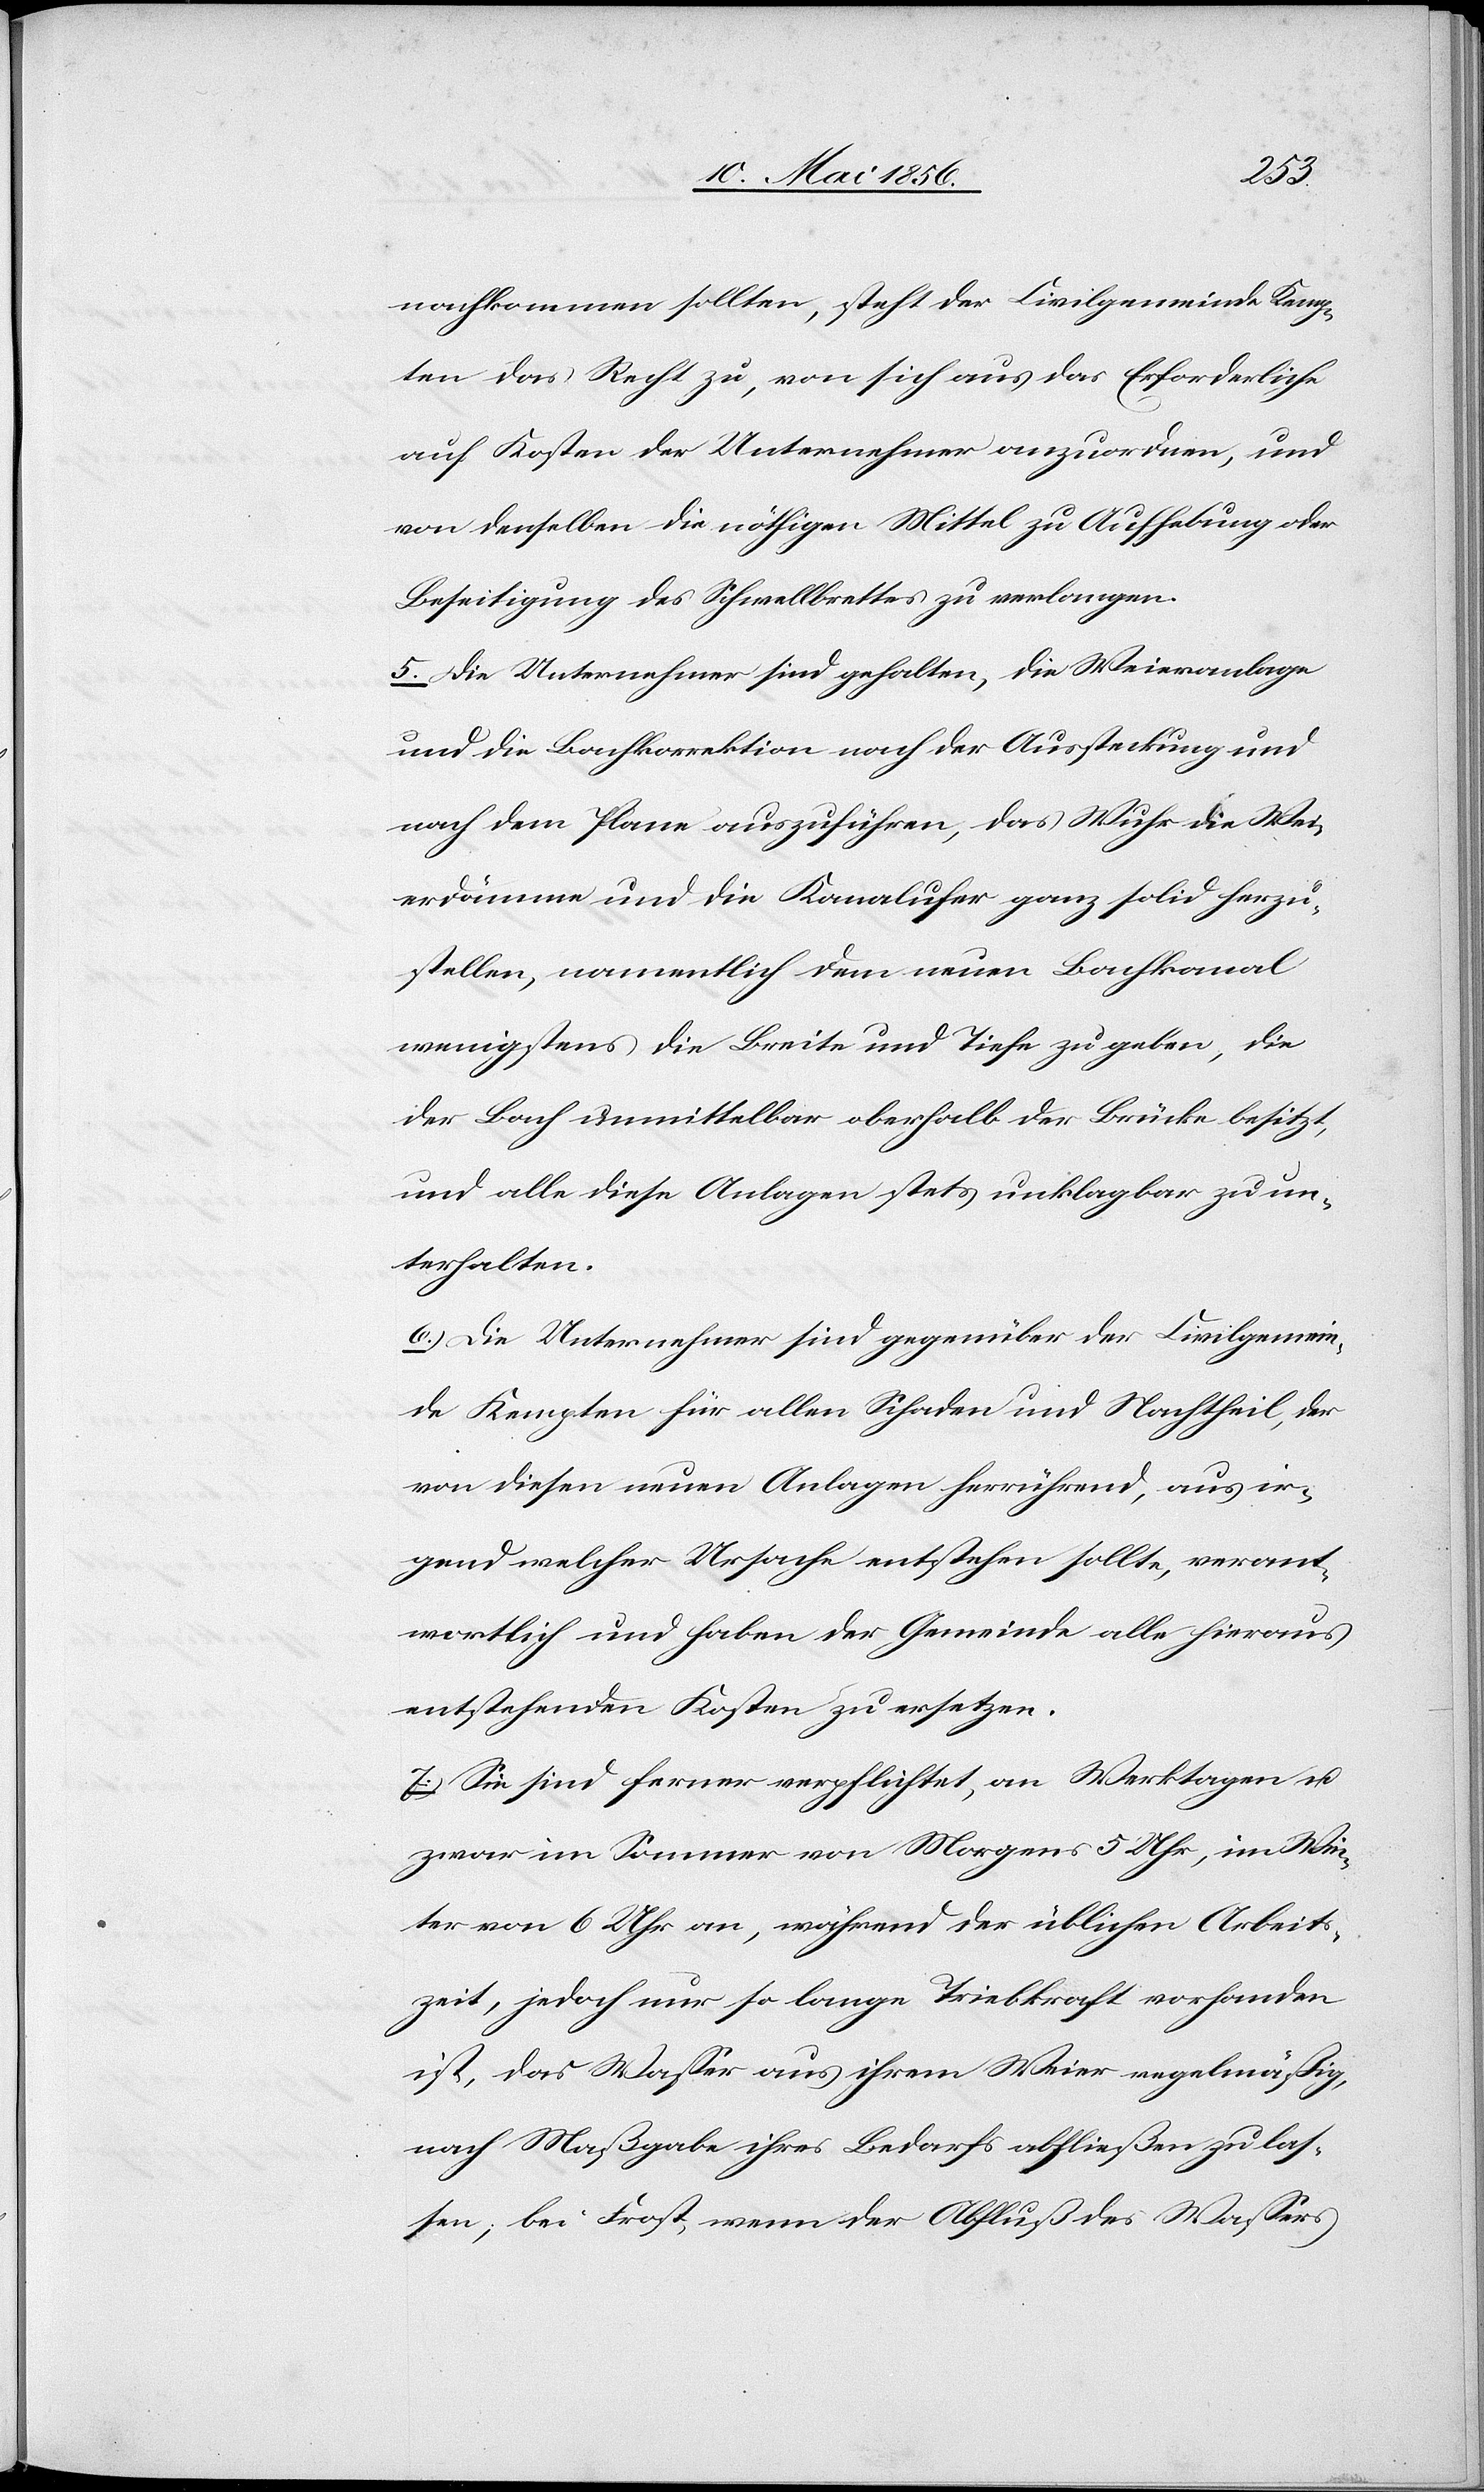
nachkommen sollten, steht der Civilgemeinde Kemp¬
ten das Recht zu, von sich aus das Erforderliche
auf Kosten der Unternehmer anzuordnen, und
von denselben die nöthigen Mittel zu Aufhebung oder
Beseitigung des Schwellbrettes zu verlangen.
5. Die Unternehmer sind gehalten, die Weieranlage
und die Bachkorrektion nach der Aussteckung und
nach dem Plane auszuführen, das Wuhr [,] die Wei¬
erdämme und die Kanalufer ganz solid herzu¬
stellen, namentlich dem neuen Bachkanal
wenigstens die Breite und Tiefe zu geben, die
der Bach unmittelbar oberhalb der Brücke besitzt,
und alle diese Anlagen stets unklagbar zu un¬
terhalten.
6. Die Unternehmer sind gegenüber der Civilgemein¬
de Kempten für allen Schaden und Nachtheil, der
von diesen neuen Anlagen herrührend, aus ir¬
gend welcher Ursache entstehen sollte, verant¬
wortlich und haben der Gemeinde alle hieraus
entstehenden Kosten zu ersetzen.
7. Sie sind ferner verpflichtet, an Werktagen u.
zwar im Sommer von Morgens 5 Uhr, im Win¬
ter von 6 Uhr an, während der üblichen Arbeits¬
zeit, jedoch nur so lange Triebkraft vorhanden
ist, das Wasser aus ihrem Weier regelmäßig,
nach Maßgabe ihres Bedarfs abfließen zulas¬
sen; bei Frost, wenn der Abfluß des Wassers